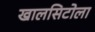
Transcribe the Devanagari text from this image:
खालसिटोला